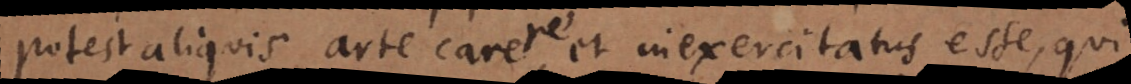
potest aliquis arte carere, et inexercitatus esse, qui